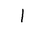
Letter: _alif